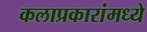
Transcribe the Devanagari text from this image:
कलाप्रकारांमध्ये